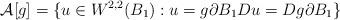
LaTeX: \begin{align*} \mathcal{A}[g]=\{ u\in W^{2,2}(B_1) : u=g \partial B_1 Du=Dg \partial B_1 \} \end{align*}